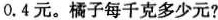
0.4元。橘子每千克多少元?